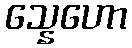
သ္နေဟော